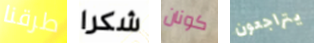
طرقنا شكرا كونان يتراجعون